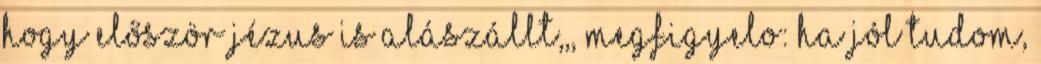
hogy először Jézus is alászállt,,, Megfigyelo: Ha jól tudom,